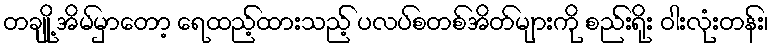
တချို့ အိမ်မှာတော့ ရေထည့်ထားသည့် ပလပ်စတစ်အိတ်များကို စည်းရိုး ဝါးလုံးတန်း၊